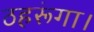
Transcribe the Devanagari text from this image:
ठहरूंगा।